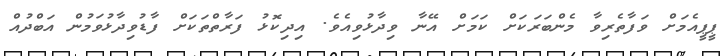
ޕީޕީއެމަށް ވަފާތެރިވާ މެންބަރަކަށް ކަމަށް އޭނާ ވިދާޅުވިއެވެ. އިދިކޮޅު ފަރާތްތަކަށް ފާޑުވިދާޅުވަމުން އަބްދުއް